Lunatic asylums Burma 1907-21 - 1907-1921
Year: 1907
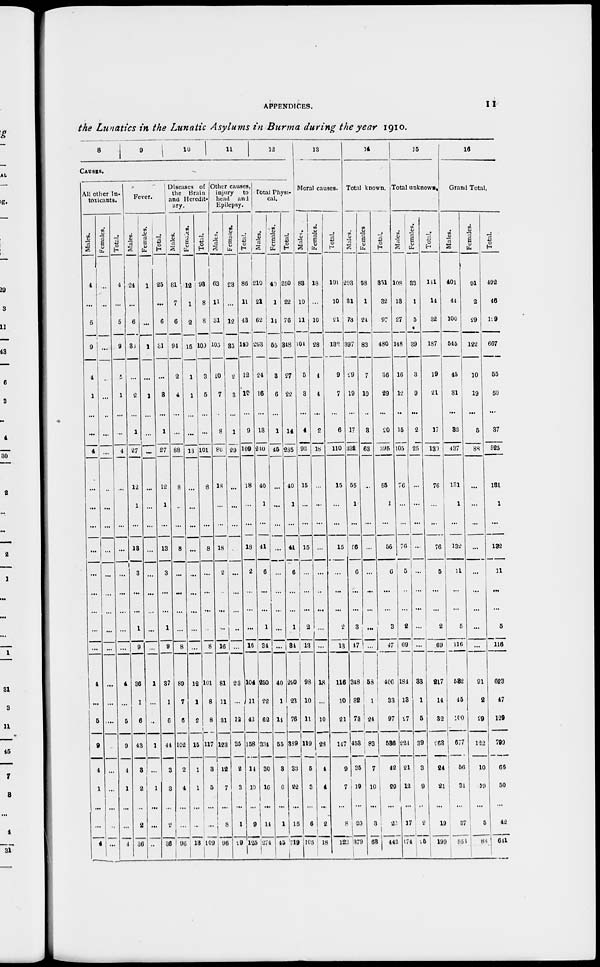
APPENDICES.
11
the Lunatics in the Lunatic Asylums in Burma during the year 1910.
8 9
10 11
12
CAUSES.
All other in-
toxicants.
Males.
4
...
5
9
4
1
...
...
4
...
...
...
...
...
...
...
...
...
4
...
5
9
4
1
...
...
4
Females.
...
...
...
...
...
...
...
...
...
...
...
...
...
...
...
...
...
...
...
...
...
...
...
...
...
...
...
Total.
4
...
5
9
4
1
...
...
4
...
...
...
...
...
...
...
...
...
4
...
5
9
4
1
...
...
4
Fever.
Males.
24
...
6
3
...
2
...
1
27
12
1
...
13
3
...
...
1
9
36
1
6
43
3
2
...
2
36
Females.
1
...
...
1
...
1
...
...
...
...
...
...
...
...
...
...
...
...
1
...
...
1
...
1
...
...
...
Total.
25
...
6
4
...
8
...
1
27
12
1
...
13
3
...
...
1
9
37
1
6
44
3
3
...
2
36
Diseases of
the
Brain
and Heredit-
ary.
Males.
81
7
6
94
2
4
...
...
88
8
...
...
8
...
...
...
...
8
89
7
6
102
2
4
...
...
96
Females.
12
1
2
15
1
1
...
...
13
...
...
...
...
...
...
...
...
...
12
1
2
15
1
1
...
...
13
Total.
98
8
8
109
3
5
...
...
101
8
...
...
8
...
...
...
...
8
101
8
8
117
3
5
...
...
109
Other causes,
injury
to
head and
Epilepsy.
Males.
63
11
31
105
10
7
...
8
80
18
...
...
13
2
...
...
...
16
81
11
31
123
12
7
...
8
96
Females.
23
...
12
35
2
3
...
1
29
...
...
...
...
...
...
...
...
...
23
...
12
35
2
3
...
1
19
Total.
86
11
43
140
12
10
...
9
109
18
...
...
13
2
...
...
...
16
104
11
43
158
14
10
...
9
125
Total Physi-
cal.
Males.
210
21
62
293
24
16
...
13
210
40
1
...
41
6
...
...
1
34
250
22
62
334
30
10
...
14
274
Females.
40
1
14
55
3
6
...
1
45
...
...
...
...
...
...
...
...
...
40
1
14
55
3
6
...
1
45
Total.
250
22
76
348
27
22
...
14
235
40
1
...
41
6
...
...
1
34
290
23
76
339
33
22
...
15
319
13
Moral causes.
Males.
83
10
11
104
5
3
...
4
92
15
...
...
15
...
...
...
2
13
98
10
11
119
5
3
...
6
105
Females.
18
...
10
28
4
4
...
2
18
...
...
...
...
...
...
...
...
...
18
...
10
28
4
4
...
2
18
Total.
101
10
21
132
9
7
...
6
110
15
...
...
15
...
...
...
2
13
116
10
21
147
9
7
...
8
122
14
Total known.
Males.
293
31
73
397
29
19
...
17
332
55
1
...
56
6
...
...
3
47
348
32
73
453
35
19
...
20
379
Females
58
1
24
83
7
10
...
3
63
...
...
...
...
...
...
...
...
...
58
1
24
83
7
10
...
3
63
Total.
351
32
97
480
36
29
...
20
295
55
1
...
56
6
...
...
3
47
406
33
97
536
42
29
...
23
442
15
Total unknown.
Males.
108
13
27
148
16
12
...
15
105
76
...
...
76
5
...
...
2
69
184
13
27
224
21
12
...
17
174
Females.
33
1
5
39
3
9
...
2
25
...
...
...
...
...
...
...
...
...
83
1
5
39
3
9
...
2
25
Total.
111
14
32
187
19
21
...
17
130
76
...
...
76
5
...
...
2
69
217
14
32
263
24
21
...
19
199
16
Grand Total.
Males.
401
44
100
545
45
31
...
32
437
131
1
...
132
11
...
...
5
116
582
45
100
677
60
31
...
37
556
Females.
91
2
29
122
10
19
...
6
88
...
...
...
...
...
...
...
...
...
91
2
29
122
10
19
...
5
85
Total.
492
46
129
667
55
50
...
37
525
131
1
...
132
11
...
...
5
116
623
47
129
799
66
50
...
42
641